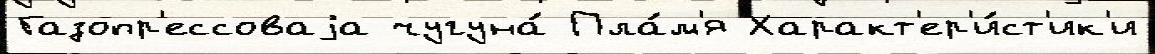
Газопр'ессоваjа чугуна́ Пла́м'я Характ'ер'и́ст'ик'и